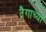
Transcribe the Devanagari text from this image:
तैगाच्या